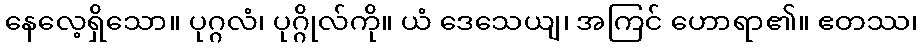
နေလေ့ရှိသော။ ပုဂ္ဂလံ၊ ပုဂ္ဂိုလ်ကို။ ယံ ဒေသေယျ၊ အကြင် ဟောရာ၏။ ဧတဿ၊